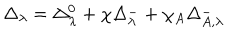
\Delta _ { \lambda } = \Delta _ { \lambda } ^ { 0 } + \chi \Delta _ { \lambda } ^ { - } + \chi _ { A } \Delta _ { A , \lambda } ^ { - }